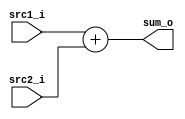
module Adder(
    src1_i,
	src2_i,
	sum_o
	);
     
//I/O ports
input  [64-1:0]  src1_i;
input  [64-1:0]	 src2_i;
output [64-1:0]	 sum_o;

//Internal Signals
wire    [64-1:0]	 sum_o;

//Parameter
    
//Main function
assign sum_o = src1_i + src2_i;

endmodule